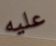
عليه